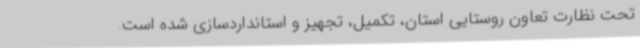
تحت نظارت تعاون روستایی استان، تکمیل، تجهیز و استانداردسازی شده است.